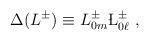
LaTeX: \begin{align*}\Delta (L^{\pm})\equiv L^{\pm}_{0m}\L^{\pm}_{0\ell}\ ,\end{align*}